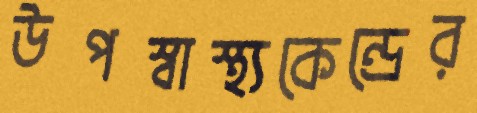
উপস্বাস্থ্যকেন্দ্রের